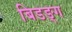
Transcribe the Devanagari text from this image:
बिडङ्ग